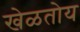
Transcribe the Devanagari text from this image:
खेळतोय